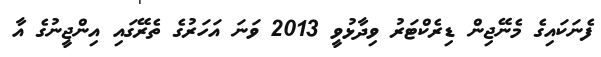
ފެނަކައިގެ މެނޭޖިން ޑިރެކްޓަރު ވިދާޅުވީ 2013 ވަނަ އަހަރުގެ ތެރޭގައި އިންޖީނުގެ އާ